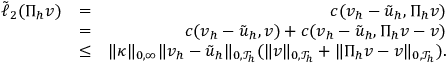
\begin{array} { r l r } { \tilde { \ell } _ { 2 } ( \Pi _ { h } \boldsymbol { v } ) } & { = } & { c ( \boldsymbol { v } _ { h } - \tilde { \boldsymbol { u } } _ { h } , \Pi _ { h } \boldsymbol { v } ) } \\ & { = } & { c ( \boldsymbol { v } _ { h } - \tilde { \boldsymbol { u } } _ { h } , \boldsymbol { v } ) + c ( \boldsymbol { v } _ { h } - \tilde { \boldsymbol { u } } _ { h } , \Pi _ { h } \boldsymbol { v } - \boldsymbol { v } ) } \\ & { \leq } & { \| \kappa \| _ { 0 , \infty } \| \boldsymbol { v } _ { h } - \tilde { \boldsymbol { u } } _ { h } \| _ { 0 , \mathcal { T } _ { h } } ( \| \boldsymbol { v } \| _ { 0 , \mathcal { T } _ { h } } + \| \Pi _ { h } \boldsymbol { v } - \boldsymbol { v } \| _ { 0 , \mathcal { T } _ { h } } ) . } \end{array}